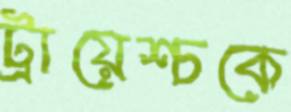
ট্রায়েশ্চকে